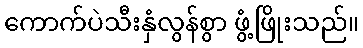
ကောက်ပဲသီးနှံလွန်စွာ ဖွံ့ဖြိုးသည်။